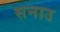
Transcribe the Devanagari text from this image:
सनाउ